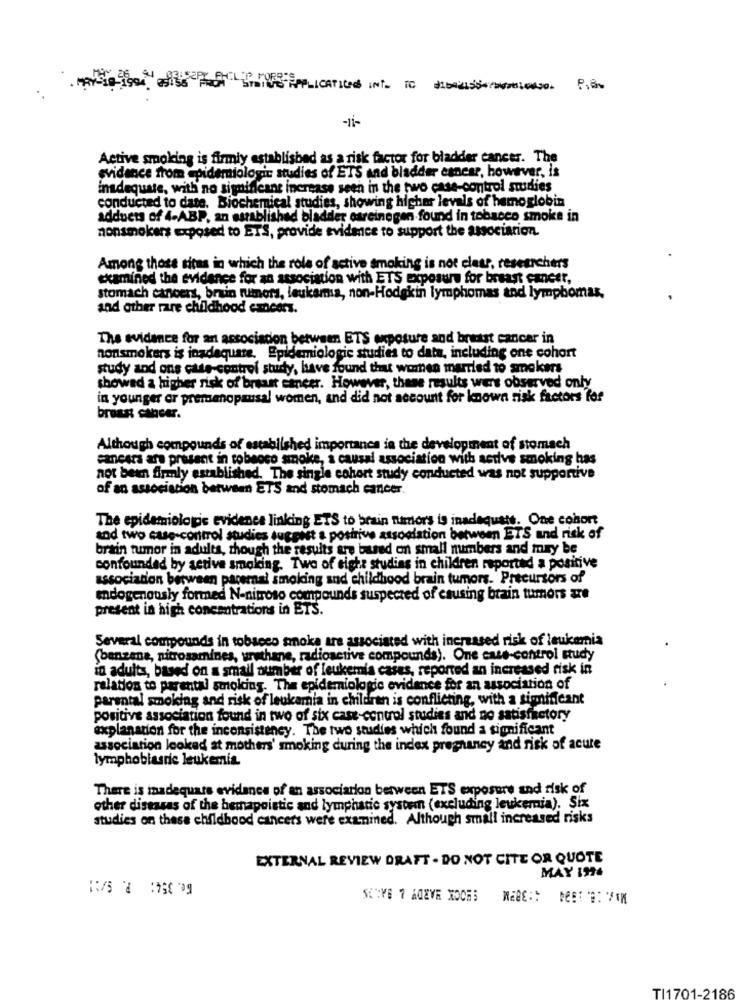
APPLICATIONS INT. TC #16021504-202010430.
P.8%
-li-
Active smoking is firmly established as a risk factor for bladder cancer. The
evidence from epidemiologic studies of ETS and bladder esnear, however, is
inadequate, with no significant increase seen in the two case-control studies
conducted to date. Biochemical studies, showing higher levels of hemoglobin
adduets of 4-ABP, an established bladder careinegen found in tobacco smoke in
nonsmokers exposed to ETS, provide evidence to support the association.
Among those sitas in which the role of active smoking is not clear, researchers
examined the evidence for an association with ETS Exposure for breast cancer,
stomach cancers, brain rumors, leukamis, non-Hodgkin lymphomas and lymphomas,
and other rare childhood emcars.
The evidence for an association between ETS exposure and breast cancer in
nonsmokers is inadequare. Epidemiologic studies to data, including one cohort
study and ons cate-control study, have found that warnen married to smokers
showed a higher risk of breast cancer. However, these results were observed only
in younger or premenopausal women, and did not account for known risk factors for
breast cancer.
Although compounds of established importance in the development of stomach
sanesra are present in cobeoco smoke, a causal association with active smoking has
not been firmly established. The single cohort study conducted was not supportive
of an association between ETS and stomach cancer.
The epidemiologic evidence linking ETS to brain tumor's is inadequate. One cohort
and two case-control studies suggest a positive association between ETS and risk of
brain tumor in adults, though the results are based on small numbers and may be
confounded by setive smoking. Two of eight studing in children reported a positive
association between paternal smoking and childhood brain tumors. Precursors of
endogenously formed N-nitroso compounds suspected of esusing brain tumors are
present in high concentrations in ETS.
Several compounds in tobacco smoke are associated with increased risk of leukemia
(benzene, nitrosamines, urethane, radioactive compounds). One cate-control study
in adults, based on a small number of leukemia cases, reported an increased risk in
relation to parental smoking. The epidemiologic evidence for an association of
parental smoking and risk of leukamia in children is conflicting, with a significant
positive association found in two of six case-control studies and no satisfactory
explanation for the inconsistency. The two studies which found a significant
association looked at mothers' smoking during the index pregnancy and risk of acute
lymphobiasric leukemia
There is inadequate evidence of an association between ETS exposure and risk of
other diseases of the bemnapoistic and lymphatic system (excluding leukemia). Six
studies on these childhood cancers were examined. Although small increased risks
EXTERNAL REVIEW DRAFT . DO NOT CITE OR QUOTE
Ge. 354: P. S/ !!
MAY IM24
SERVE 7 ADEVE XOCHS
TI1701-2186